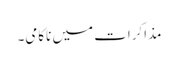
مذاکرات میں ناکامی۔